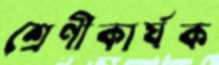
শ্রেণীকার্যক